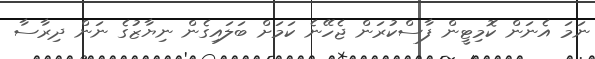
ނަމަ އެނަން ކޮމިޓީން ފާސްކުރަން ޖެހޭނެ ކަމަށް ބަލައިގެން ނިޔާޒުގެ ނަން ދިރާސާ